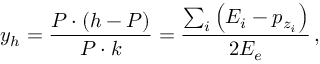
y _ { h } = \frac { P \cdot ( h - P ) } { P \cdot k } = \frac { \sum _ { i } \left( E _ { i } - p _ { z _ { i } } \right) } { 2 E _ { e } } \, ,